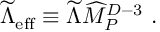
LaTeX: { \widetilde \Lambda } _ { \mathrm { e f f } } \equiv { \widetilde \Lambda } { \widehat M } _ { P } ^ { D - 3 } ~ .